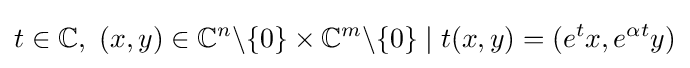
t\in {\mathbb {C} },\ (x,y)\in {\mathbb {C} }^{n}\backslash \{0\}\times {\mathbb {C} }^{m}\backslash \{0\}\mid t(x,y)=(e^{t}x,e^{\alpha t}y)